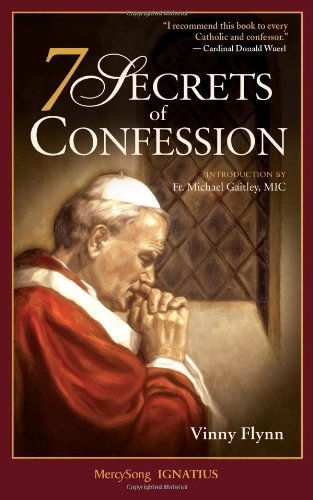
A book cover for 7 Secrets of Confession; Vinny Flynn; Christian Books & Bibles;